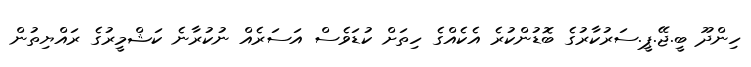
ހިންދޫ ބީ.ޖޭ.ޕީ.ސަރުކާރުގެ ބޮޑުންކުރެ އެކެއްގެ ހިތަށް ކުޑަވެސް އަސަރެއް ނުކުރާނެ ކަޝްމީރުގެ ރައްޔިތުން